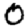
Digit: 0